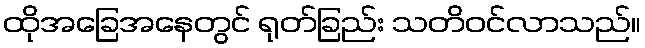
ထိုအခြေအနေတွင် ရုတ်ခြည်း သတိဝင်လာသည်။